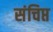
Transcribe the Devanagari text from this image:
संचिप्त